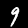
Digit: 9